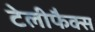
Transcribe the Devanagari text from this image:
टेलीफैक्स